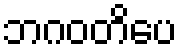
ဘဂဝတိပေ